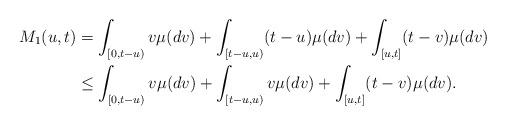
LaTeX: \begin{align*}M_1(u,t)&=\int_{[0,t-u)} v \mu(dv)+ \int_{[t-u,u)} (t-u) \mu(dv) + \int_{[u,t]} (t-v) \mu(dv)\\&\leq \int_{[0,t-u)} v \mu(dv)+ \int_{[t-u,u)} v \mu(dv) + \int_{[u,t]} (t - v)\mu(dv).\end{align*}